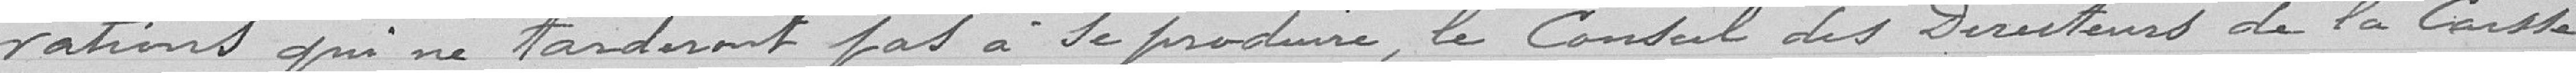
vations qui ne tarderont pas à se produire, le Conseil des Directeurs de la Caisse